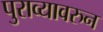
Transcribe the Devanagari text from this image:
पुराव्यावरुन